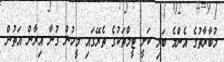
މުބާރާތުގެ އެންމެ ބަލި ކަށީ ޓީމްތަކުގެ ތެރޭގައި މީހުން ގުނާ އިރާން އަތުން